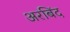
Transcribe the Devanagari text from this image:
अरबिंद